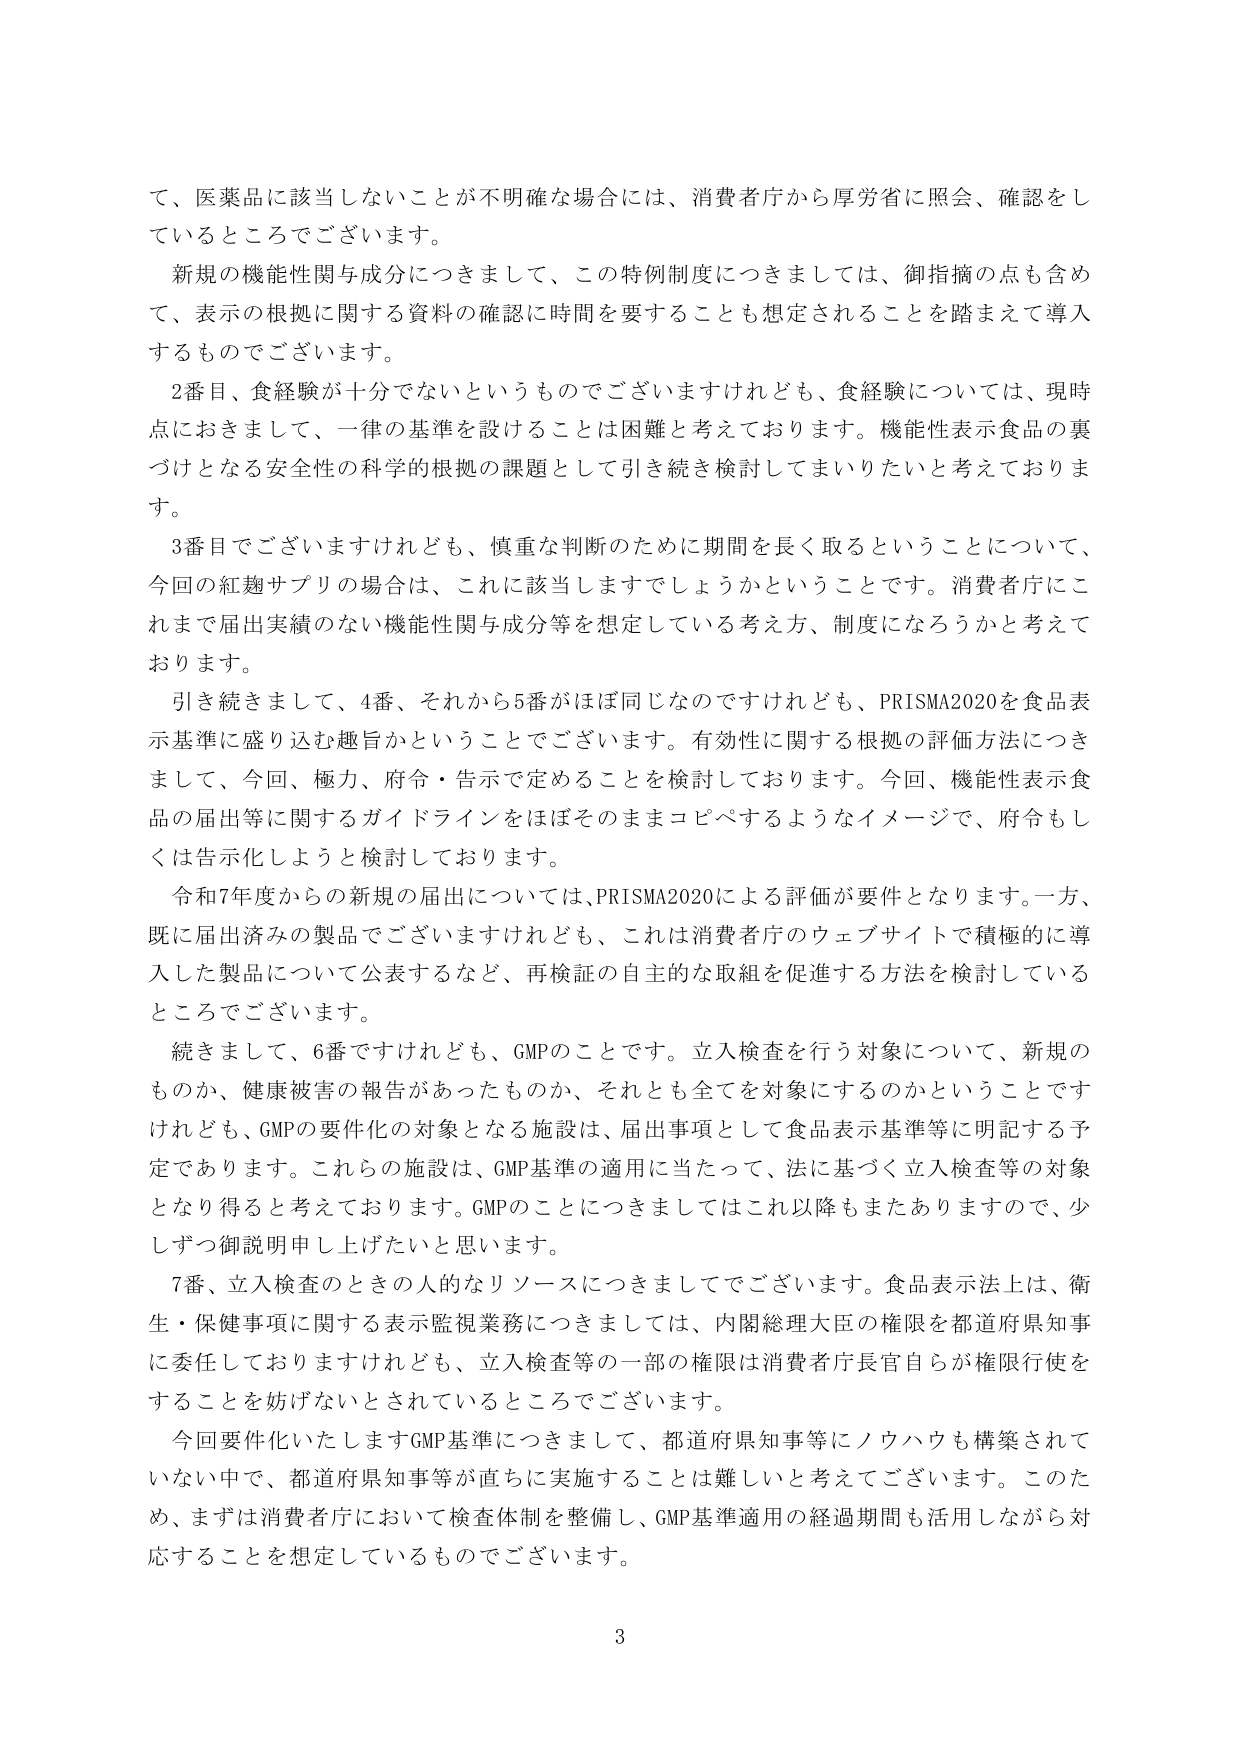
て、医薬品に該当しないことが不明確な場合には、消費者庁から厚労省に照会、確認をし
ているところでございます。
新規の機能性関与成分につきまして、この特例制度につきましては、御指摘の点も含め
て、表示の根拠に関する資料の確認に時間を要することも想定されることを踏まえて導入
するものでございます。
2番目、食経験が十分でないというものですけれども、食経験については、現時
点におきまして、一律の基準を設けることは困難と考えております。機能性表示食品の裏
づけとなる安全性の科学的根拠の課題として引き続き検討してまいりたいと考えておりま
す。
3番目でございますけれども、慎重な判断のために期間を長く取るということについて、
今回の紅麹サプリの場合は、これに該当しますでしょうかということです。消費者庁にこ
れまで届出実績のない機能性関与成分等を想定している考え方、制度になろうかと考えて
おります。
引き続きまして、4番、それから5番がほぼ同じなのですがけれども、PRISMA2020を食品表
示基準に盛り込む趣旨かということでございます。有効性に関する根拠の評価方法につき
まして、今回、極力、府令・告示で定めることを検討しております。今回、機能性表示食
品の届出等に関するガイドラインをほぼそのままコピペするようなイメージで、府令もし
くは告示化しようと検討しております。
令和7年度からの新規の届出については、PRISMA2020による評価が要件となります。一方、
既に届出済みの製品でございますけれども、これは消費者庁のウェブサイトで積極的に導
入した製品について公表するなど、再検証の自主的な取組を促進する方法を検討している
ところでございます。
続きまして、6番ですけれども、GMPのことです。立入検査を行う対象について、新規の
ものか、健康被害の報告があったものか、それとも全てを対象にするのかということです
けれども、GMPの要件化の対象となる施設は、届出事項として食品表示基準等に明記する予
定であります。これらの施設は、GMP基準の適用に当たって、法に基づく立入検査等の対象
となり得ると考えております。GMPのことにつきましてはこれ以降もまたありますので、少
しずつ御説明申し上げたいと思います。
7番、立入検査のときの人的なリソースにつきましてでございます。食品表示法上は、衛
生・保健事項に関する表示監視業務につきましては、内閣総理大臣の権限を都道府県知事
に委任しておりますけれども、立入検査等の一部の権限は消費者庁長官自らが権限行使を
することを妨げないとされているところでございます。
今回要件化いたしますGMP基準につきまして、都道府県知事等にノウハウも構築されて
いない中で、都道府県知事等が直ちに実施することは難しいと考えてございます。このた
め、まずは消費者庁において検査体制を整備し、GMP基準適用の経過期間も活用しながら対
応することを想定しているものでございます。
3